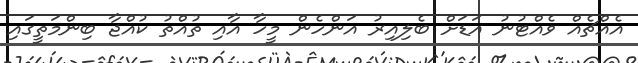
އެއްޗެއް ވެއްޓުނު އަޑަށް ބެލިއިރު އަންހެން މީހާ އާއި ތުއްތު ކުއްޖާ ބިންމަތީގައި